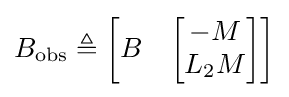
B_{\text{obs}}\triangleq {\begin{bmatrix}B&{\begin{bmatrix}-M\\L_{2}M\end{bmatrix}}\end{bmatrix}}